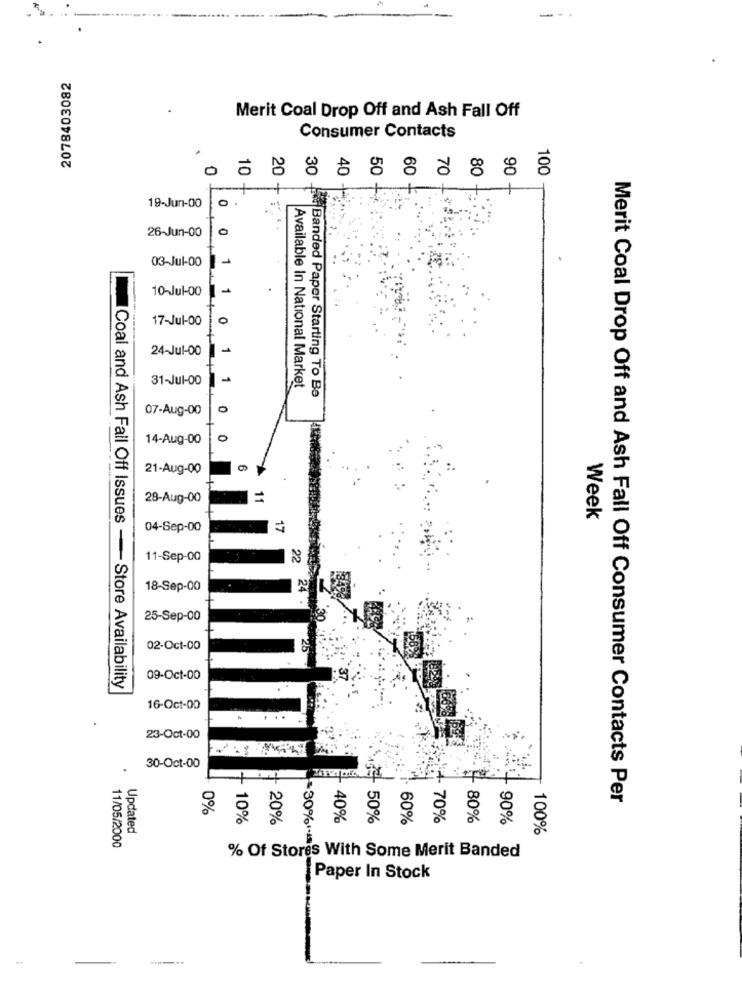
2078403082
Merit Coal Drop Off and Ash Fall Off
Consumer Contacts
30
90
100
19-Jun-00
26-Jun-00
0
03-Jul-00 -
10-Jul-00
1
17-Jul-00
24-Jul-00
31-Jul-00
Available In National Market
Banded Paper Starting To Be
07-Aug-00
14-Aug-00
0
21-Aug-00
28-Aug-00
11
Week
04-Sep-00
17
11-Sep-00
22
18-Sep-00
24 .
25-Sep-00
02-Oct-00
25
09-Oct-00
Coal and Ash Fall Off Issues - Store Availability
16-Oct-00
..
23-Oct-00
30-Oct-00
8
Merit Coal Drop Off and Ash Fall Off Consumer Contacts Per
0%
8
10%
20%
40%
50%
60%
70%
80%
90%
Updated
100%
11/05/2000
% Of Stores With Some Merit Banded
Paper In Stock